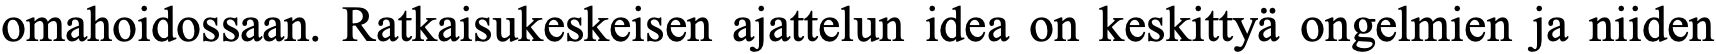
omahoidossaan. Ratkaisukeskeisen ajattelun idea on keskittyä ongelmien ja niiden